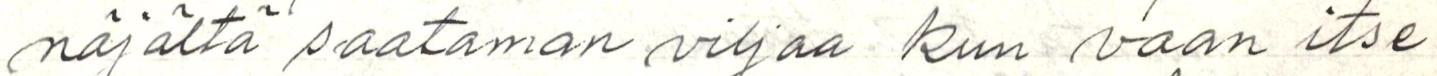
näjältä saataman viljaa kun vaan itse